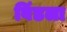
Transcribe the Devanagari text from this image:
विंडला